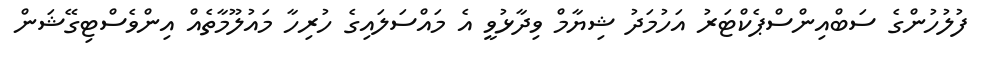
ފުލުހުންގެ ސަބްއިންސްޕެކްޓަރު އަހުމަދު ޝިޔާމް ވިދާޅުވީ އެ މައްސަލައިގެ ހުރިހާ މައުލޫމާތެއް އިންވެސްޓިގޭޝަން